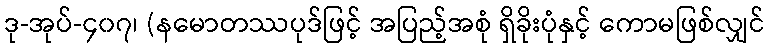
ဒု-အုပ်-၄၀၇၊ (နမောတဿပုဒ်ဖြင့် အပြည့်အစုံ ရှိခိုးပုံနှင့် ကောမဖြစ်လျှင်